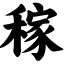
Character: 稼